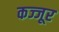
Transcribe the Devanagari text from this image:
कज्जूर